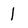
Character: 1